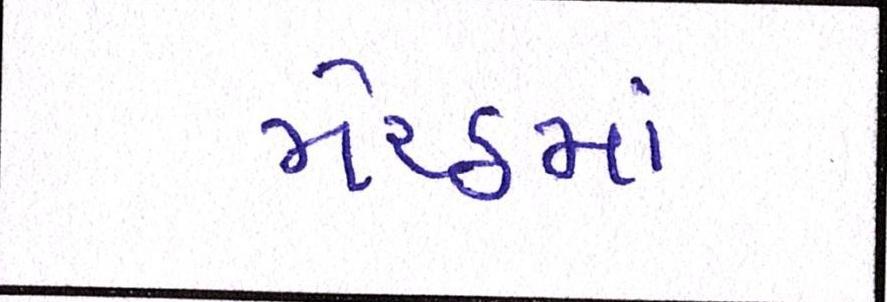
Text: મેરઠનાં